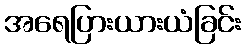
အရေပြားယားယံခြင်း